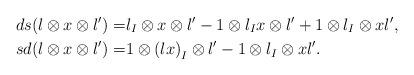
LaTeX: \begin{align*} ds(l\otimes x\otimes l')= &l_I\otimes x\otimes l' -1\otimes l_Ix\otimes l' + 1\otimes l_I\otimes xl',\\ sd(l\otimes x \otimes l')= & 1\otimes \left(lx\right)_I\otimes l' - 1\otimes l_I\otimes xl'.\end{align*}